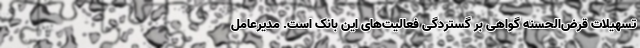
تسهیلات قرض‌الحسنه گواهی بر گستردگی فعالیت‌های این بانک است. مدیرعامل